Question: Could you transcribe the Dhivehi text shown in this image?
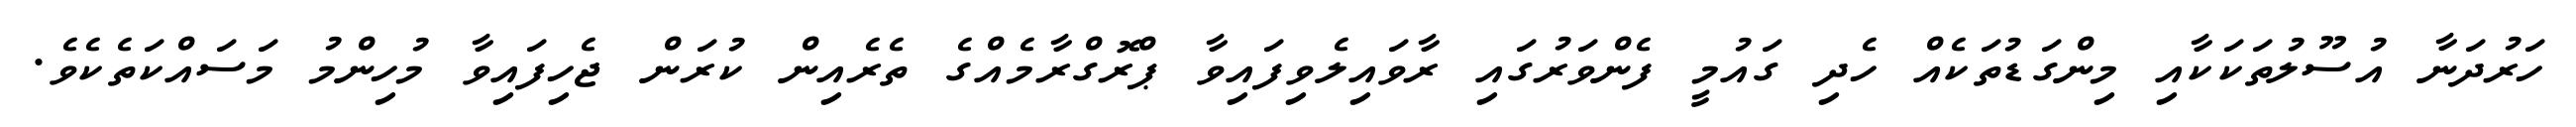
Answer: ހަރުދަނާ އުސޫލުތަކަކާއި މިންގަޑުތަކެއް ހެދި ގައުމީ ފެންވަރުގައި ރާވައިލެވިފައިވާ ޕްރޮގްރާމެއްގެ ތެރެއިން ކުރަން ޖެހިފައިވާ މުހިންމު މަސައްކަތެކެވެ.